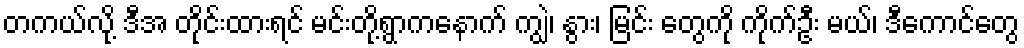
တကယ်လို့ ဒီအ တိုင်းထားရင် မင်းတို့ရွာကနောက် ကျွဲ၊ နွား၊ မြင်း တွေကို ကိုက်ဦး မယ်၊ ဒီကောင်တွေ